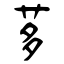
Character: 茤